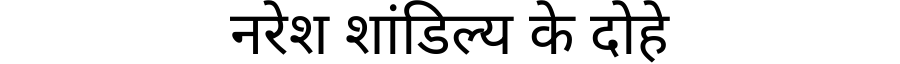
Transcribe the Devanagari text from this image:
नरेश शांडिल्य के दोहे